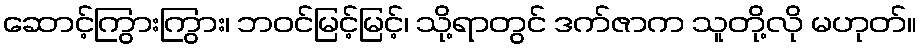
ဆောင့်ကြွားကြွား၊ ဘဝင်မြင့်မြင့်၊ သို့ရာတွင် ဒက်ဇာက သူတို့လို မဟုတ်။